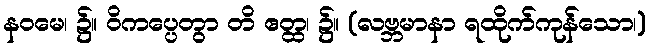
နဝမေ၊ ၌။ ဝိကပ္ပေတွာ တိ ဧတ္ထ၊ ၌။ (လဗ္ဘမာနာ ရထိုက်ကုန်သော၊)